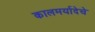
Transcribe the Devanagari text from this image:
कालमर्यादेचे